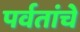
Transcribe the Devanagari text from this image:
पर्वतांचे